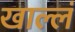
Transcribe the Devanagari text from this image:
खाल्लं